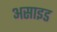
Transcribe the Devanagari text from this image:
असाइड